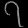
Digit: ၇